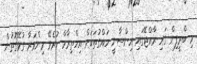
މި ބްރީފިން ގައި ރާއްޖޭގައި އިންސާނީ ހައްގުތަކަށް އިހްތިރާމް ކުރެވޭ މިންވަރާ ގުޅޭގޮތުން